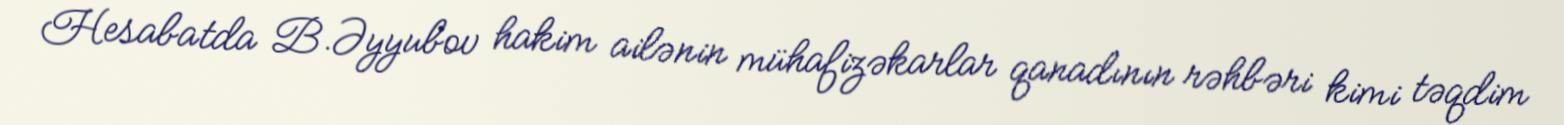
Hesabatda B.Əyyubov hakim ailənin mühafizəkarlar qanadının rəhbəri kimi təqdim